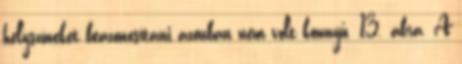
helyszíneket beazonosítani azonban nem volt könnyű. 13. ábra. A